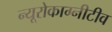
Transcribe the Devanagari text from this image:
न्यूरोकाग्नीटीव